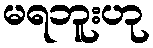
မရဘူးဟု